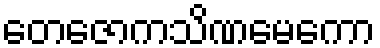
တေဇောကသိဏမေကော